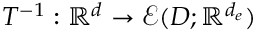
T ^ { - 1 } : \mathbb { R } ^ { d } \rightarrow \mathcal { E } ( D ; \mathbb { R } ^ { d _ { e } } )